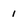
Character: 1